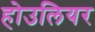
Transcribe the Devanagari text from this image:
होउलियर